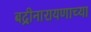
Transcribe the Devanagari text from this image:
बद्रीनारायणाच्या